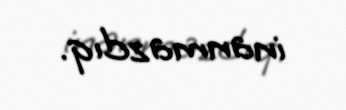
inanmazdıq.